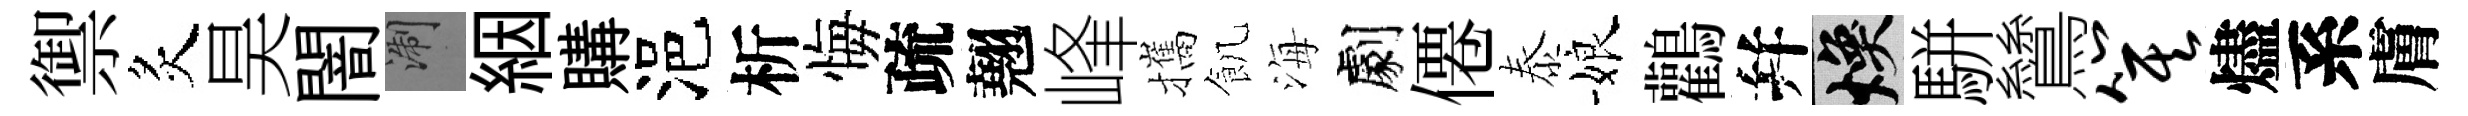
禦炙昊闇浙絪購浥析悔疏翹峰攜飢海劇僊泰娘鸛幷焕駢鷥箕燼系膚